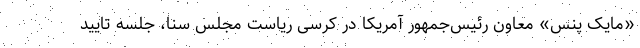
«مایک پنس» معاون رئیس‌جمهور آمریکا در کرسی ریاست مجلس سنا، جلسه تایید